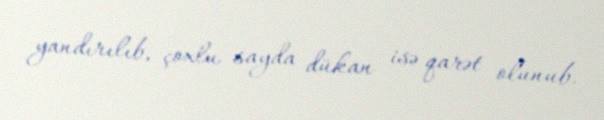
yandırılıb, çoxlu sayda dükan isə qarət olunub.